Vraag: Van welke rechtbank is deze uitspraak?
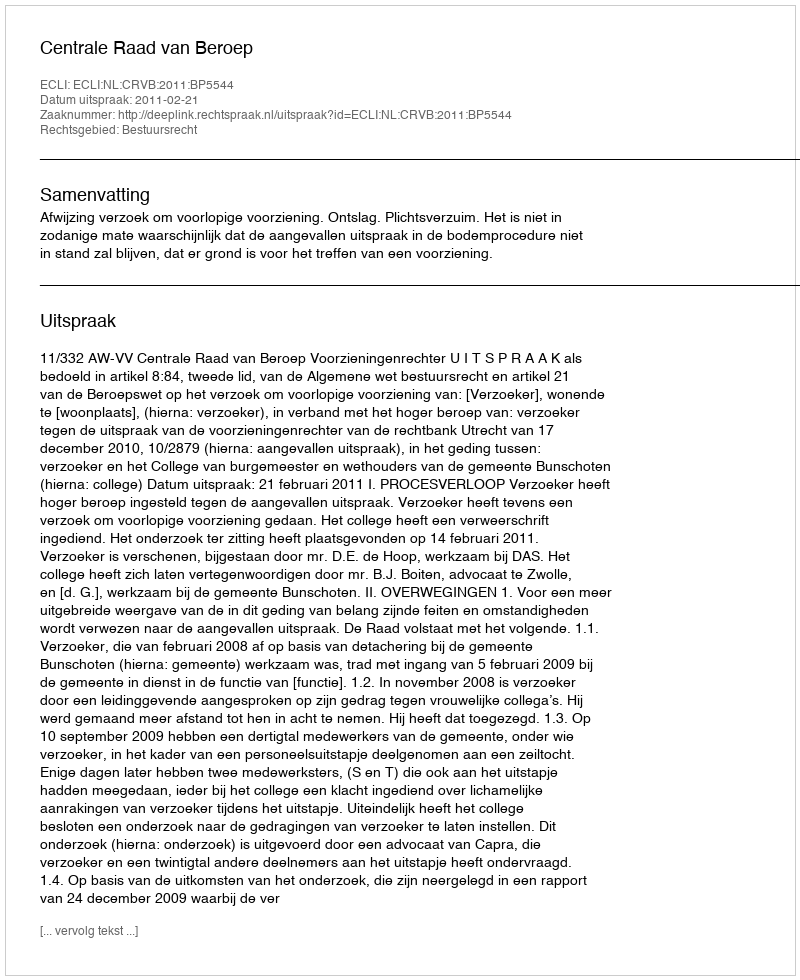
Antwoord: Centrale Raad van Beroep